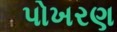
પોખરણ